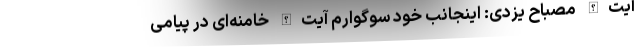
آیت‌الله مصباح یزدی: اینجانب خود سوگوارم آیت‌الله خامنه‌ای در پیامی